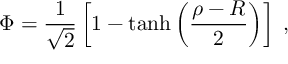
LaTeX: \Phi = \frac { 1 } { \sqrt { 2 } } \left[ 1 - \operatorname { t a n h } { \left( \frac { \rho - R } { 2 } \right) } \right] \; ,